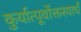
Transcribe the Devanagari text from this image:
कुर्यात्पूर्वोक्तस्यार्धं